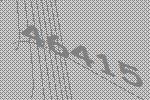
46415